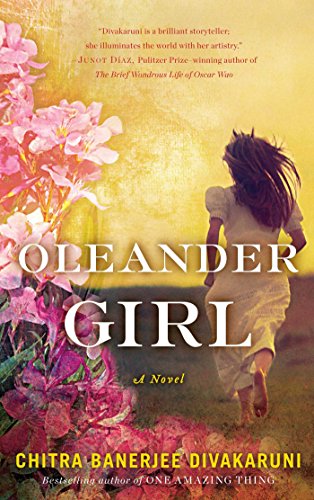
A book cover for Oleander Girl: A Novel; Chitra  Banerjee Divakaruni; Literature & Fiction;